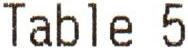
TABLE 5